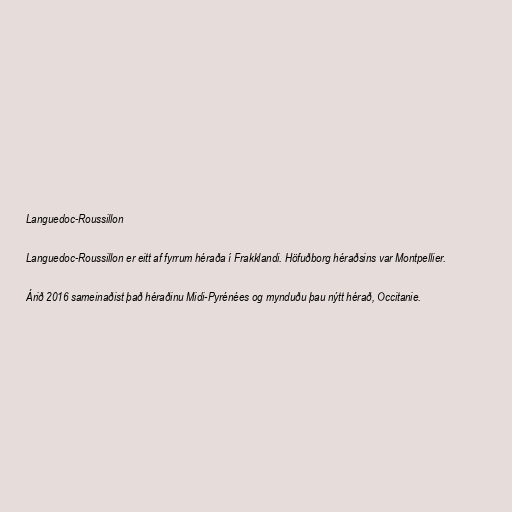
Languedoc-Roussillon

Languedoc-Roussillon er eitt af fyrrum héraða í Frakklandi. Höfuðborg héraðsins var Montpellier.

Árið 2016 sameinaðist það héraðinu Midi-Pyrénées og mynduðu þau nýtt hérað, Occitanie.